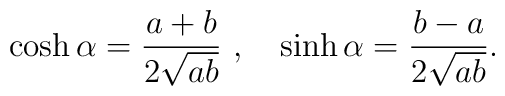
\cosh \alpha = \frac{a+b}{2\sqrt{ab}} \ , \quad  \sinh \alpha = \frac{b-a}{2\sqrt{ab}} .